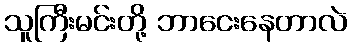
သူကြီးမင်းတို့ ဘာငေးနေတာလဲ